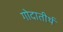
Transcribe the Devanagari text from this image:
गोदातीर्थ